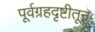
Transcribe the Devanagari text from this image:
पूर्वग्रहदृष्टीतून